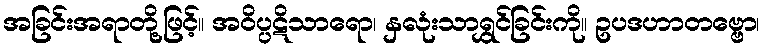
အခြင်းအရာတို့ဖြင့်။ အဝိပ္ပဋိသာရော၊ နှလုံးသာရွှင်ခြင်းကို။ ဥပဒဟာတဗ္ဗော၊